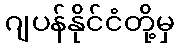
ဂျပန်နိုင်ငံတို့မှ